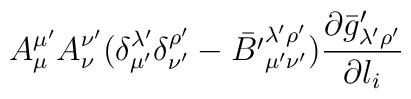
A^{\mu'}_{\mu} A^{\nu'}_{\nu} (\delta^{\lambda'}_{\mu'}\delta^{\rho'}_{\nu'} - {\bar{B'}}^{\lambda' \rho'}_{\mu' \nu'})\frac{\partial {\bar{g}'}_{\lambda' \rho'}}{\partial l_{i}}